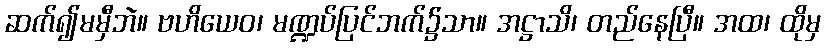
ဆက်၍မမှီဘဲ။ ဗဟိယေဝ၊ မဏ္ဍပ်ပြင်ဘက်၌သာ။ အဋ္ဌာသိ၊ တည်နေပြီ။ အထ၊ ထိုမှ